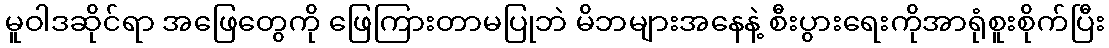
မူဝါဒဆိုင်ရာ အဖြေတွေကို ဖြေကြားတာမပြုဘဲ မိဘများအနေနဲ့ စီးပွားရေးကိုအာရုံစူးစိုက်ပြီး